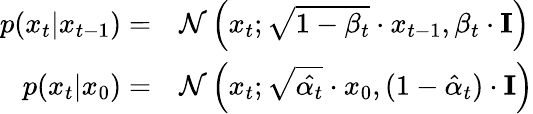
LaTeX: \begin{array}{rl}{p(x_{t}|x_{t-1})=}&{\mathcal{N}\left(x_{t};\sqrt{1-\beta_{t}}\cdot x_{t-1},\beta_{t}\cdot\mathbf{I}\right)}\\ {p(x_{t}|x_{0})=}&{\mathcal{N}\left(x_{t};\sqrt{\hat{\alpha_{t}}}\cdot x_{0},(1-\hat{\alpha}_{t})\cdot\mathbf{I}\right)}\end{array}